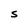
Character: S